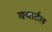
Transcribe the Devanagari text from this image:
क्वार्टल